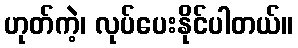
ဟုတ်ကဲ့၊ လုပ်ပေးနိုင်ပါတယ်။